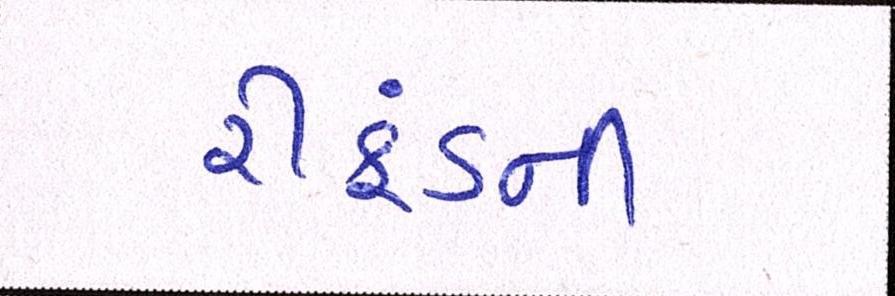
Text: રીફંડની